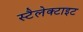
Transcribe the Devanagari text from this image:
स्टैलेक्टाइट